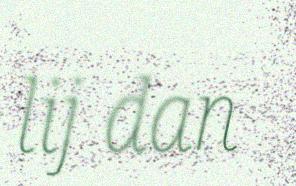
lij dan